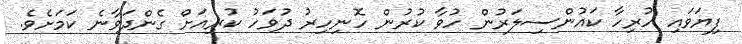
ފިޔަވައި ހުރިހާ ކައުންސިލަރުން ހުވާ ކުރުން ހޮނިހިރު ދުވަހު ކުރިއަށް ގެންދަވާނެ ކަމަށެވެ.